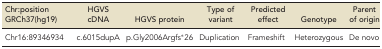
<table><thead><tr><td><b>Chr:position GRCh37(hg19)</b></td><td><b>HGVS cDNA</b></td><td><b>HGVS protein</b></td><td><b>Type of variant</b></td><td><b>Predicted effect</b></td><td><b>Genotype</b></td><td><b>Parent of origin</b></td></tr></thead><tbody><tr><td>Chr16:89346934</td><td>c.6015dupA</td><td>p.Gly2006Argfs*26</td><td>Duplication</td><td>Frameshift</td><td>Heterozygous</td><td>De novo</td></tr></tbody></table>